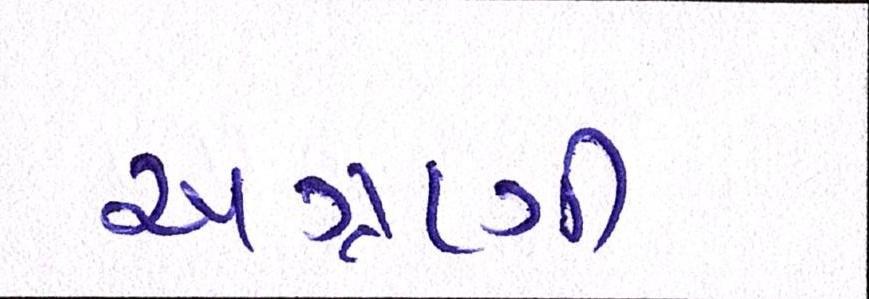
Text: અગ્રણી